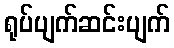
ရုပ်ပျက်ဆင်းပျက်